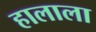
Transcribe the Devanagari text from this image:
हालाला